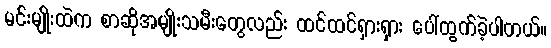
မင်းမျိုးထဲက စာဆိုအမျိုးသမီးတွေလည်း ထင်ထင်ရှားရှား ပေါ်ထွက်ခဲ့ပါတယ်။